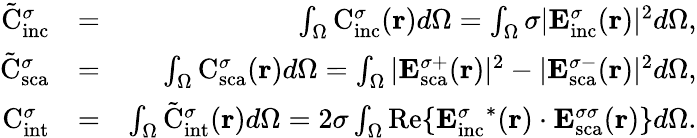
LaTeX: \begin{array}{rlr}{\tilde{\mathrm{{C}}}_{\mathrm{inc}}^{\sigma}}&{=}&{\int_{\Omega}\mathrm{{C}}_{\mathrm{inc}}^{\sigma}({\mathbf r})d\Omega=\int_{\Omega}\sigma|{\mathbf E}_{\mathrm{{inc}}}^{\sigma}({\mathbf r})|^{2}d\Omega,}\\ {\tilde{\mathrm{C}}_{\mathrm{{sca}}}^{\sigma}}&{=}&{\int_{\Omega}{\mathrm{C}}_{\mathrm{{sca}}}^{\sigma}({\mathbf r})d\Omega=\int_{\Omega}|{\mathbf E}_{\mathrm{sca}}^{\sigma+}({\mathbf r})|^{2}-|{\mathbf E}_{\mathrm{{sca}}}^{\sigma-}({\mathbf r})|^{2}d\Omega,}\\ {{\mathrm{C}}_{\mathrm{{int}}}^{\sigma}}&{=}&{\int_{\Omega}\tilde{{\mathrm{C}}}_{\mathrm{{int}}}^{\sigma}({\mathbf r})d\Omega=2\sigma\int_{\Omega}\mathrm{Re}\{ {{\mathbf E}_{\mathrm{inc}}^{\sigma}}^{*}({\mathbf r})\cdot{{\mathbf E}_{\mathrm{{sca}}}^{\sigma\sigma}}({\mathbf r})\} d\Omega.}\end{array}